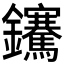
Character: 𨰬